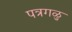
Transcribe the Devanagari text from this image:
पत्रगळु